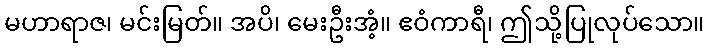
မဟာရာဇ၊ မင်းမြတ်။ အပိ၊ မေးဦးအံ့။ ဧဝံကာရီ၊ ဤသို့ပြုလုပ်သော။